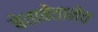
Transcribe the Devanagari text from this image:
बेताबेतानेच